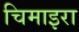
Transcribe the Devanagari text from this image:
चिमाइरा